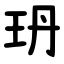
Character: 玬